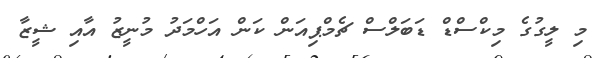
މި ލީގުގެ މިކްސްޑް ޑަބަލްސް ޗެމްޕިއަން ކަން އަހްމަދު މުނީޒު އާއި ޝީޒާ